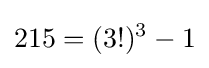
215=(3!)^{3}-1